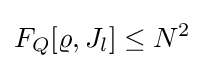
F_{Q}[\varrho ,J_{l}]\leq N^{2}